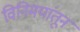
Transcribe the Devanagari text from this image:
विनिमयांतून